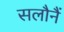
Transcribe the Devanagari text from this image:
सलौनैं